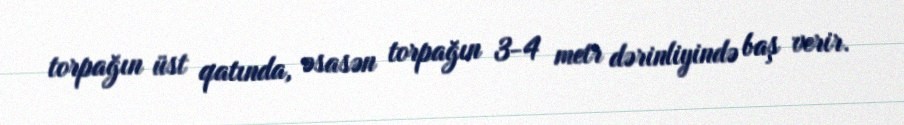
torpağın üst qatında, əsasən torpağın 3-4 metr dərinliyində baş verir.